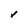
Character: V